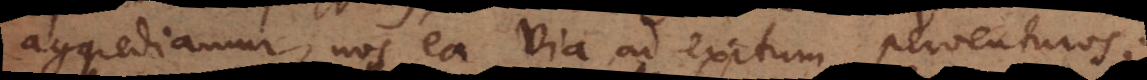
aggrediamur, nos ea via ad exitum perventuros;